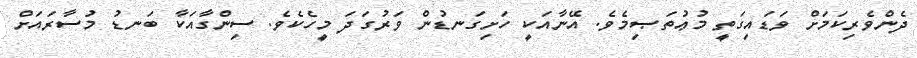
ދެންވެރިކަމަށް ވަޑައިގަތީ މުޢުތަޞިމެވެ. އޭނާއަކީ ހަށިގަނޑުން ވަރުގަދަ މީހެކެވެ. ސިންގާއަކާ ބަނޑު މުސާރައަށް